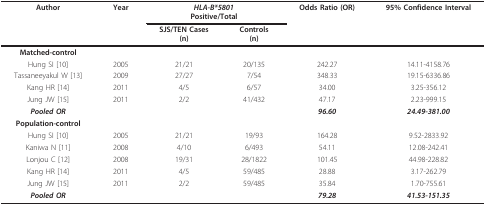
| Author | Year | <COLSPAN=2> HLA-B*5801Positive/Total | Odds Ratio (OR) | 95% Confidence Interval |
 |  |  | SJS/TEN Cases(n) | Controls(n) |  |  |
 | --- | --- | --- | --- | --- | --- |
 | Matched-control |  |  |  |  |  |
 | Hung SI [10] | 2005 | 21/21 | 20/135 | 242.27 | 14.11-4158.76 |
 | Tassaneeyakul W [13] | 2009 | 27/27 | 7/54 | 348.33 | 19.15-6336.86 |
 | Kang HR [14] | 2011 | 4/5 | 6/57 | 34.00 | 3.25-356.12 |
 | Jung JW [15] | 2011 | 2/2 | 41/432 | 47.17 | 2.23-999.15 |
 | Pooled OR |  |  |  | 96.60 | 24.49-381.00 |
 | Population-control |  |  |  |  |  |
 | Hung SI [10] | 2005 | 21/21 | 19/93 | 164.28 | 9.52-2833.92 |
 | Kaniwa N [11] | 2008 | 4/10 | 6/493 | 54.11 | 12.08-242.41 |
 | Lonjou C [12] | 2008 | 19/31 | 28/1822 | 101.45 | 44.98-228.82 |
 | Kang HR [14] | 2011 | 4/5 | 59/485 | 28.88 | 3.17-262.79 |
 | Jung JW [15] | 2011 | 2/2 | 59/485 | 35.84 | 1.70-755.61 |
 | Pooled OR |  |  |  | 79.28 | 41.53-151.35 |